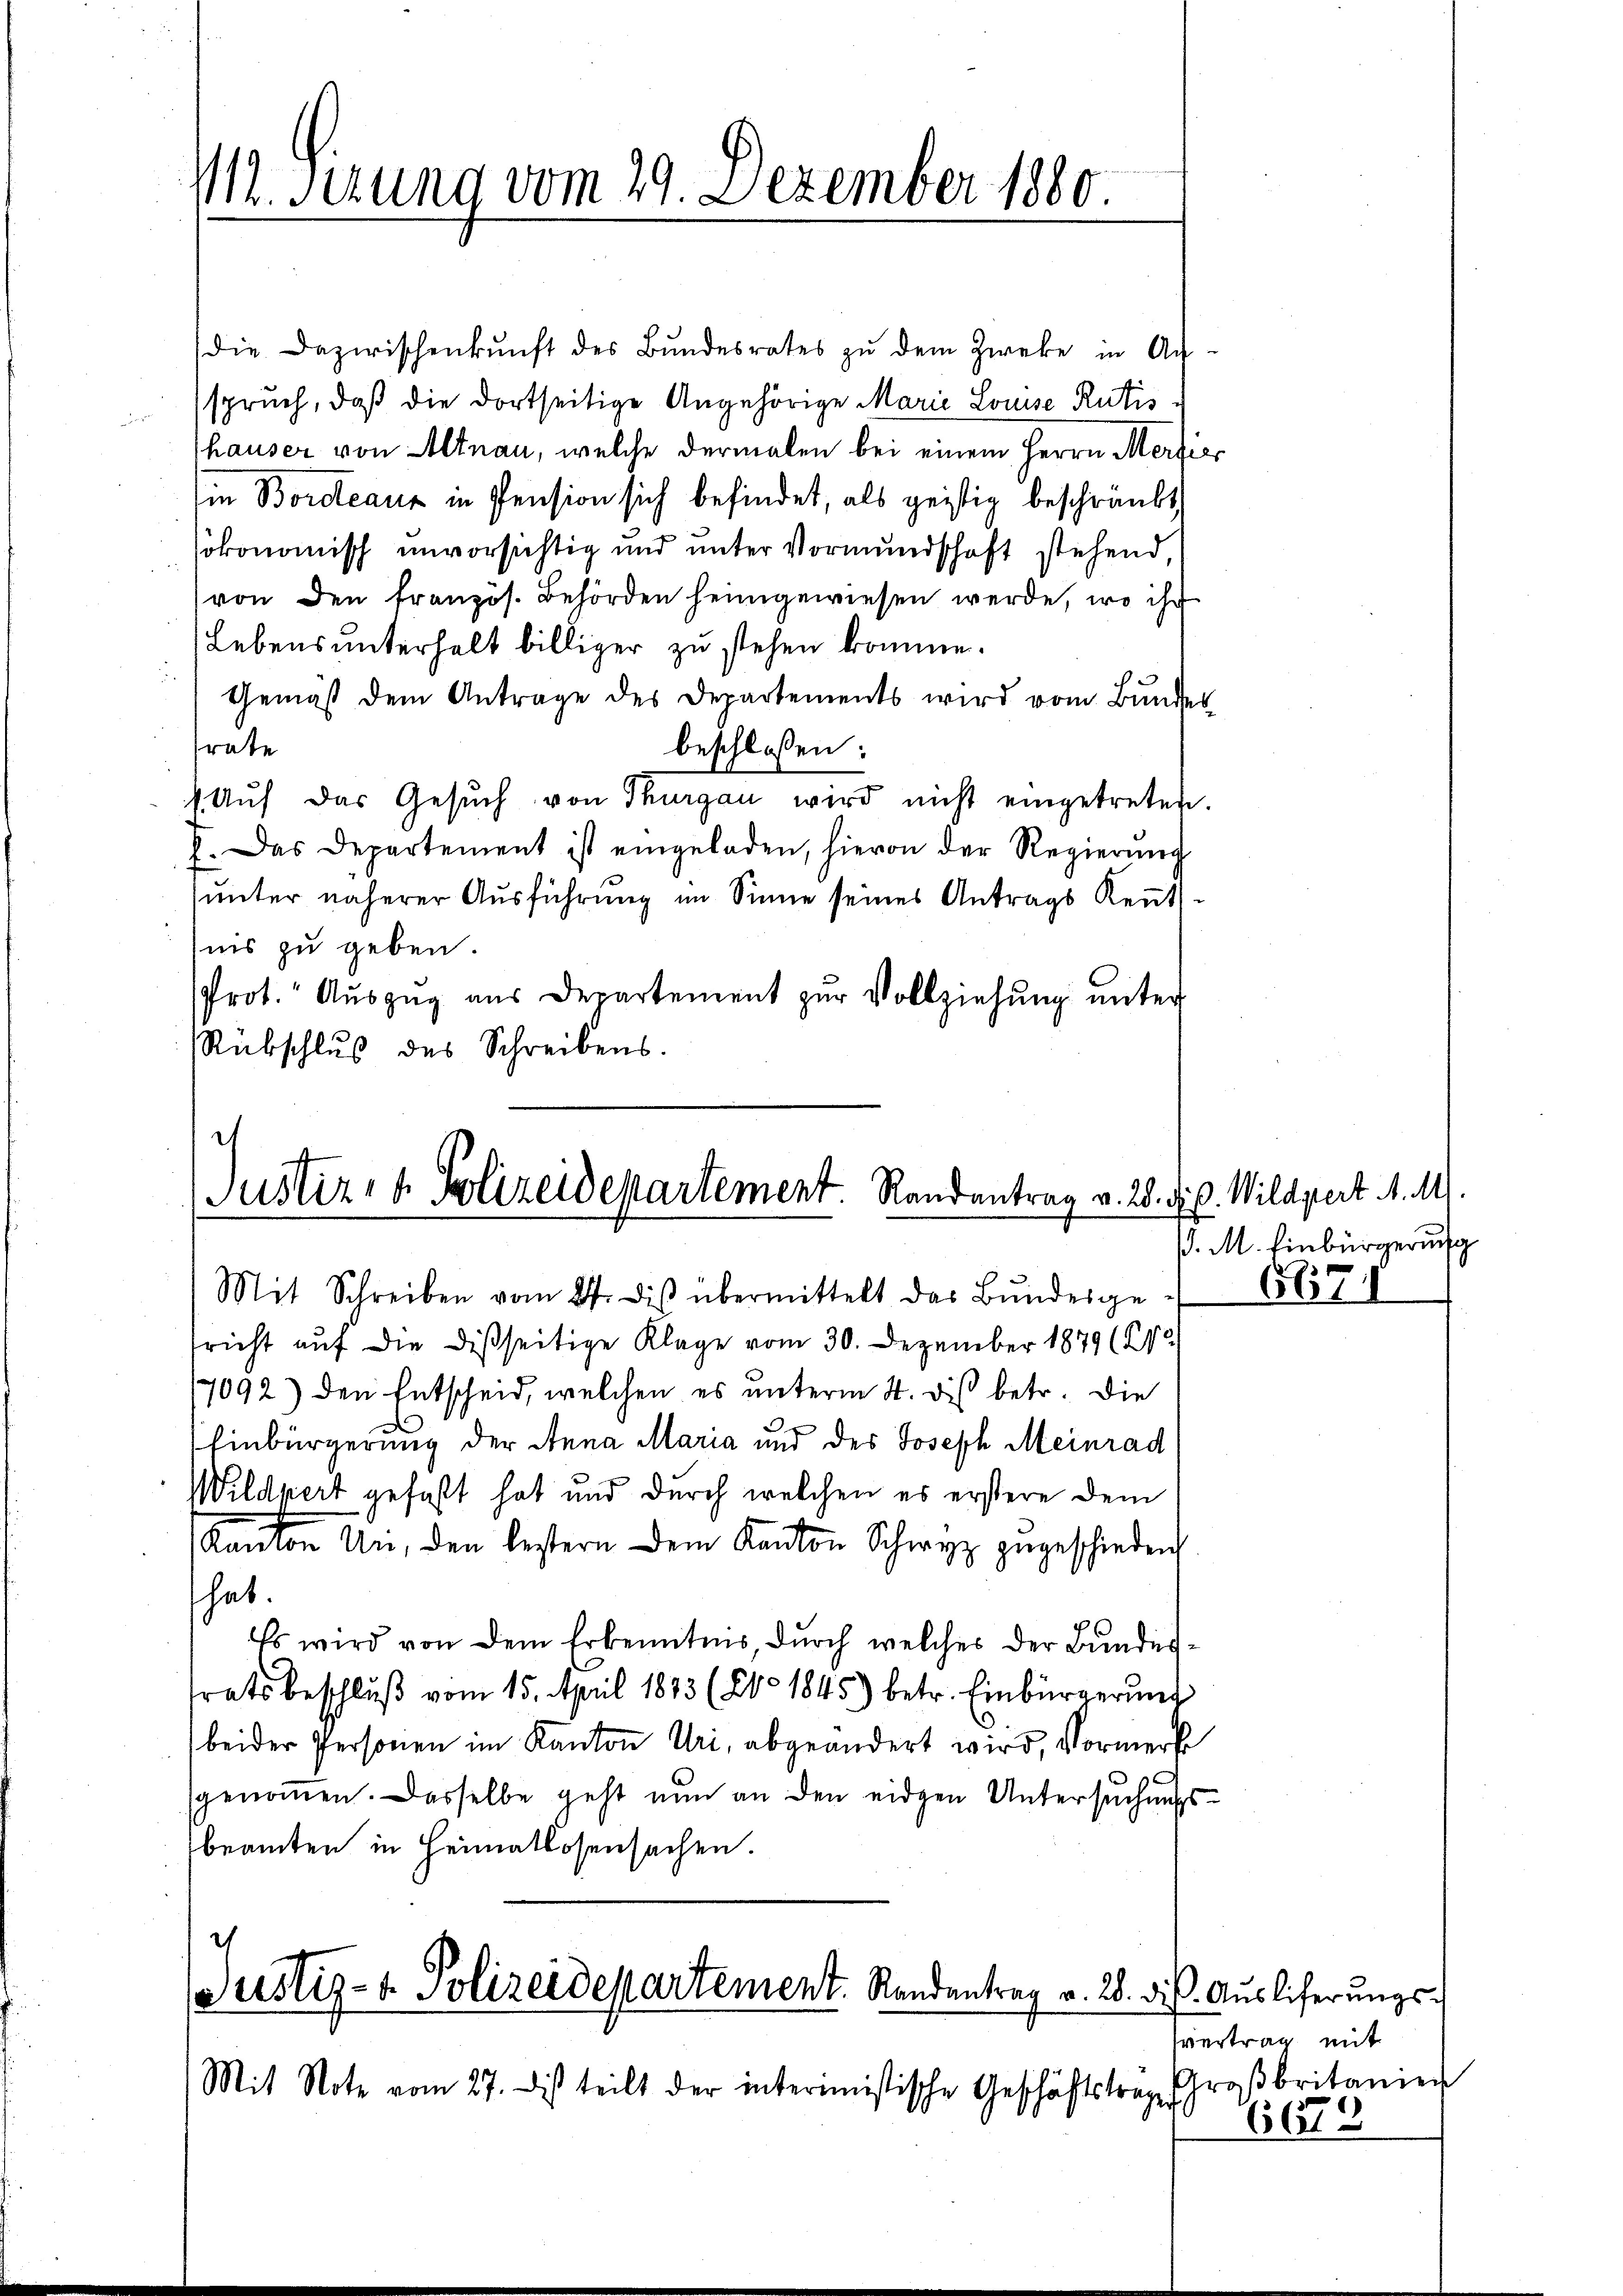
111. Sizung vom 29. Dezember 1880

die Dazwischenkunft des Bŭndesrates zŭ dem Zweke in Ach-
spruch, daß die dortseitige Angehörige Marie Louise Rütis
hauser von Altnau, welche dermalen bei einem Herrn Merzier
in Bordeaux in Pension sich befindet, als geistig beschränkt
sökonomisch unvorsichtig und unter Vormundschaft stehend,
von den französ. Behörden heimgewiesen werde, wo ihr
Lebensunterhalt billiger zu stehen komme.
Gemäß dem Antrage des Departements wird vom Bunder
trate
beschlossen:
 Aŭf das Gesŭch von Thurgau wird nicht eingetreten.
h. Das Departement ist eingeladen, hievon der Regierŭng
ŭnter näherer Aŭsführung im Sinne seines Antrags Keṅt-
nis zu geben.
Prot. Aŭszŭg aŭs Departement zŭr Vollziehŭng ŭnter
Rübschluß des Schreibens.

d
Justiz- & Polizeidepartement. Randantrag v. 28.
Mit Schreiben vom 27. dβ übermittelt das Bŭndesge-

fricht auf die dießseitige Klage vom 30. Dezember 1879 (212
17092) den Entscheid, welchen es unterm 4. dis betr. die
Einbürgerung der Anna Maria und des Joseph Meinrad
Wildpert gefaßt hat und durch welchen es erstere dem
Kanton Uri, den bestern dem Kanton Schwyz zŭgeschieden
hab.
Es wird von dem Erkenntnis, durch welches der Bundestrats beschluß vom 15. April 1843 (20. 1845) betr. Einbürgerung
beider Personen im Kanton Uri, abgeändert wird, Vormerk
genommen. Dasselbe geht nun an den eidgen Untersuchungsbeamten in Heimatlosensachen.

Justiz- & Polizeidepartement. Randentrag v. 28. ds. Auslieferungs¬

Mit Note vom 27. Dis teilt der interimistische Geschäftstrager

. Wildpert M. M.
.
/. M. Einbürgerung

6671

vertrag mit
Großbritanier
6678